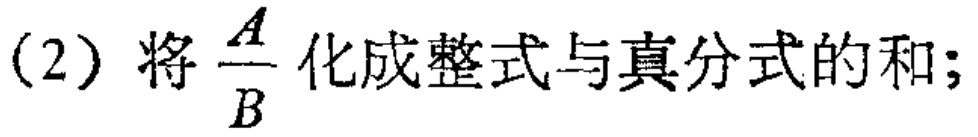
(2) 将$\frac{A}{B}$化成整式与真分式的和;